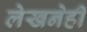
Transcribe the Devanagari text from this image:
लेखनेही